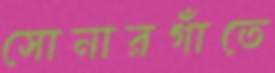
সোনারগাঁতে